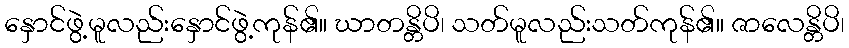
နှောင်ဖွဲ့မူလည်းနှောင်ဖွဲ့ကုန်၏။ ဃာတန္တိပိ၊ သတ်မူလည်းသတ်ကုန်၏။ ဇာလေန္တိပိ၊